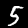
Digit: 5